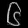
Digit: ၆